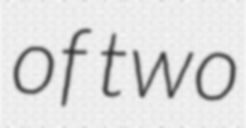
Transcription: of two